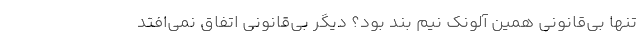
تنها بی‌قانونی همین آلونک نیم بند بود؟ دیگر بی‌قانونی اتفاق نمی‌افتد